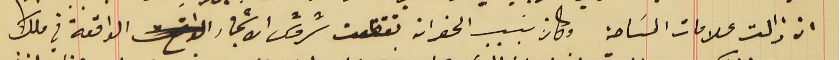
ان زالت علامات المسَاحة وكان بسبب الحفر ان تقطعت شروش الاشجار الواقعة في ملك